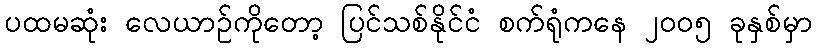
ပထမဆုံး လေယာဉ်ကိုတော့ ပြင်သစ်နိုင်ငံ စက်ရုံကနေ ၂၀၀၅ ခုနှစ်မှာ